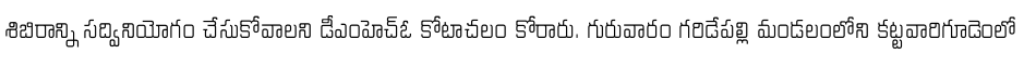
శిబిరాన్ని సద్వినియోగం చేసుకోవాలని డీఎంహెచ్ఓ కోటాచలం కోరారు. గురువారం గరిడేపల్లి మండలంలోని కట్టవారిగూడెంలో